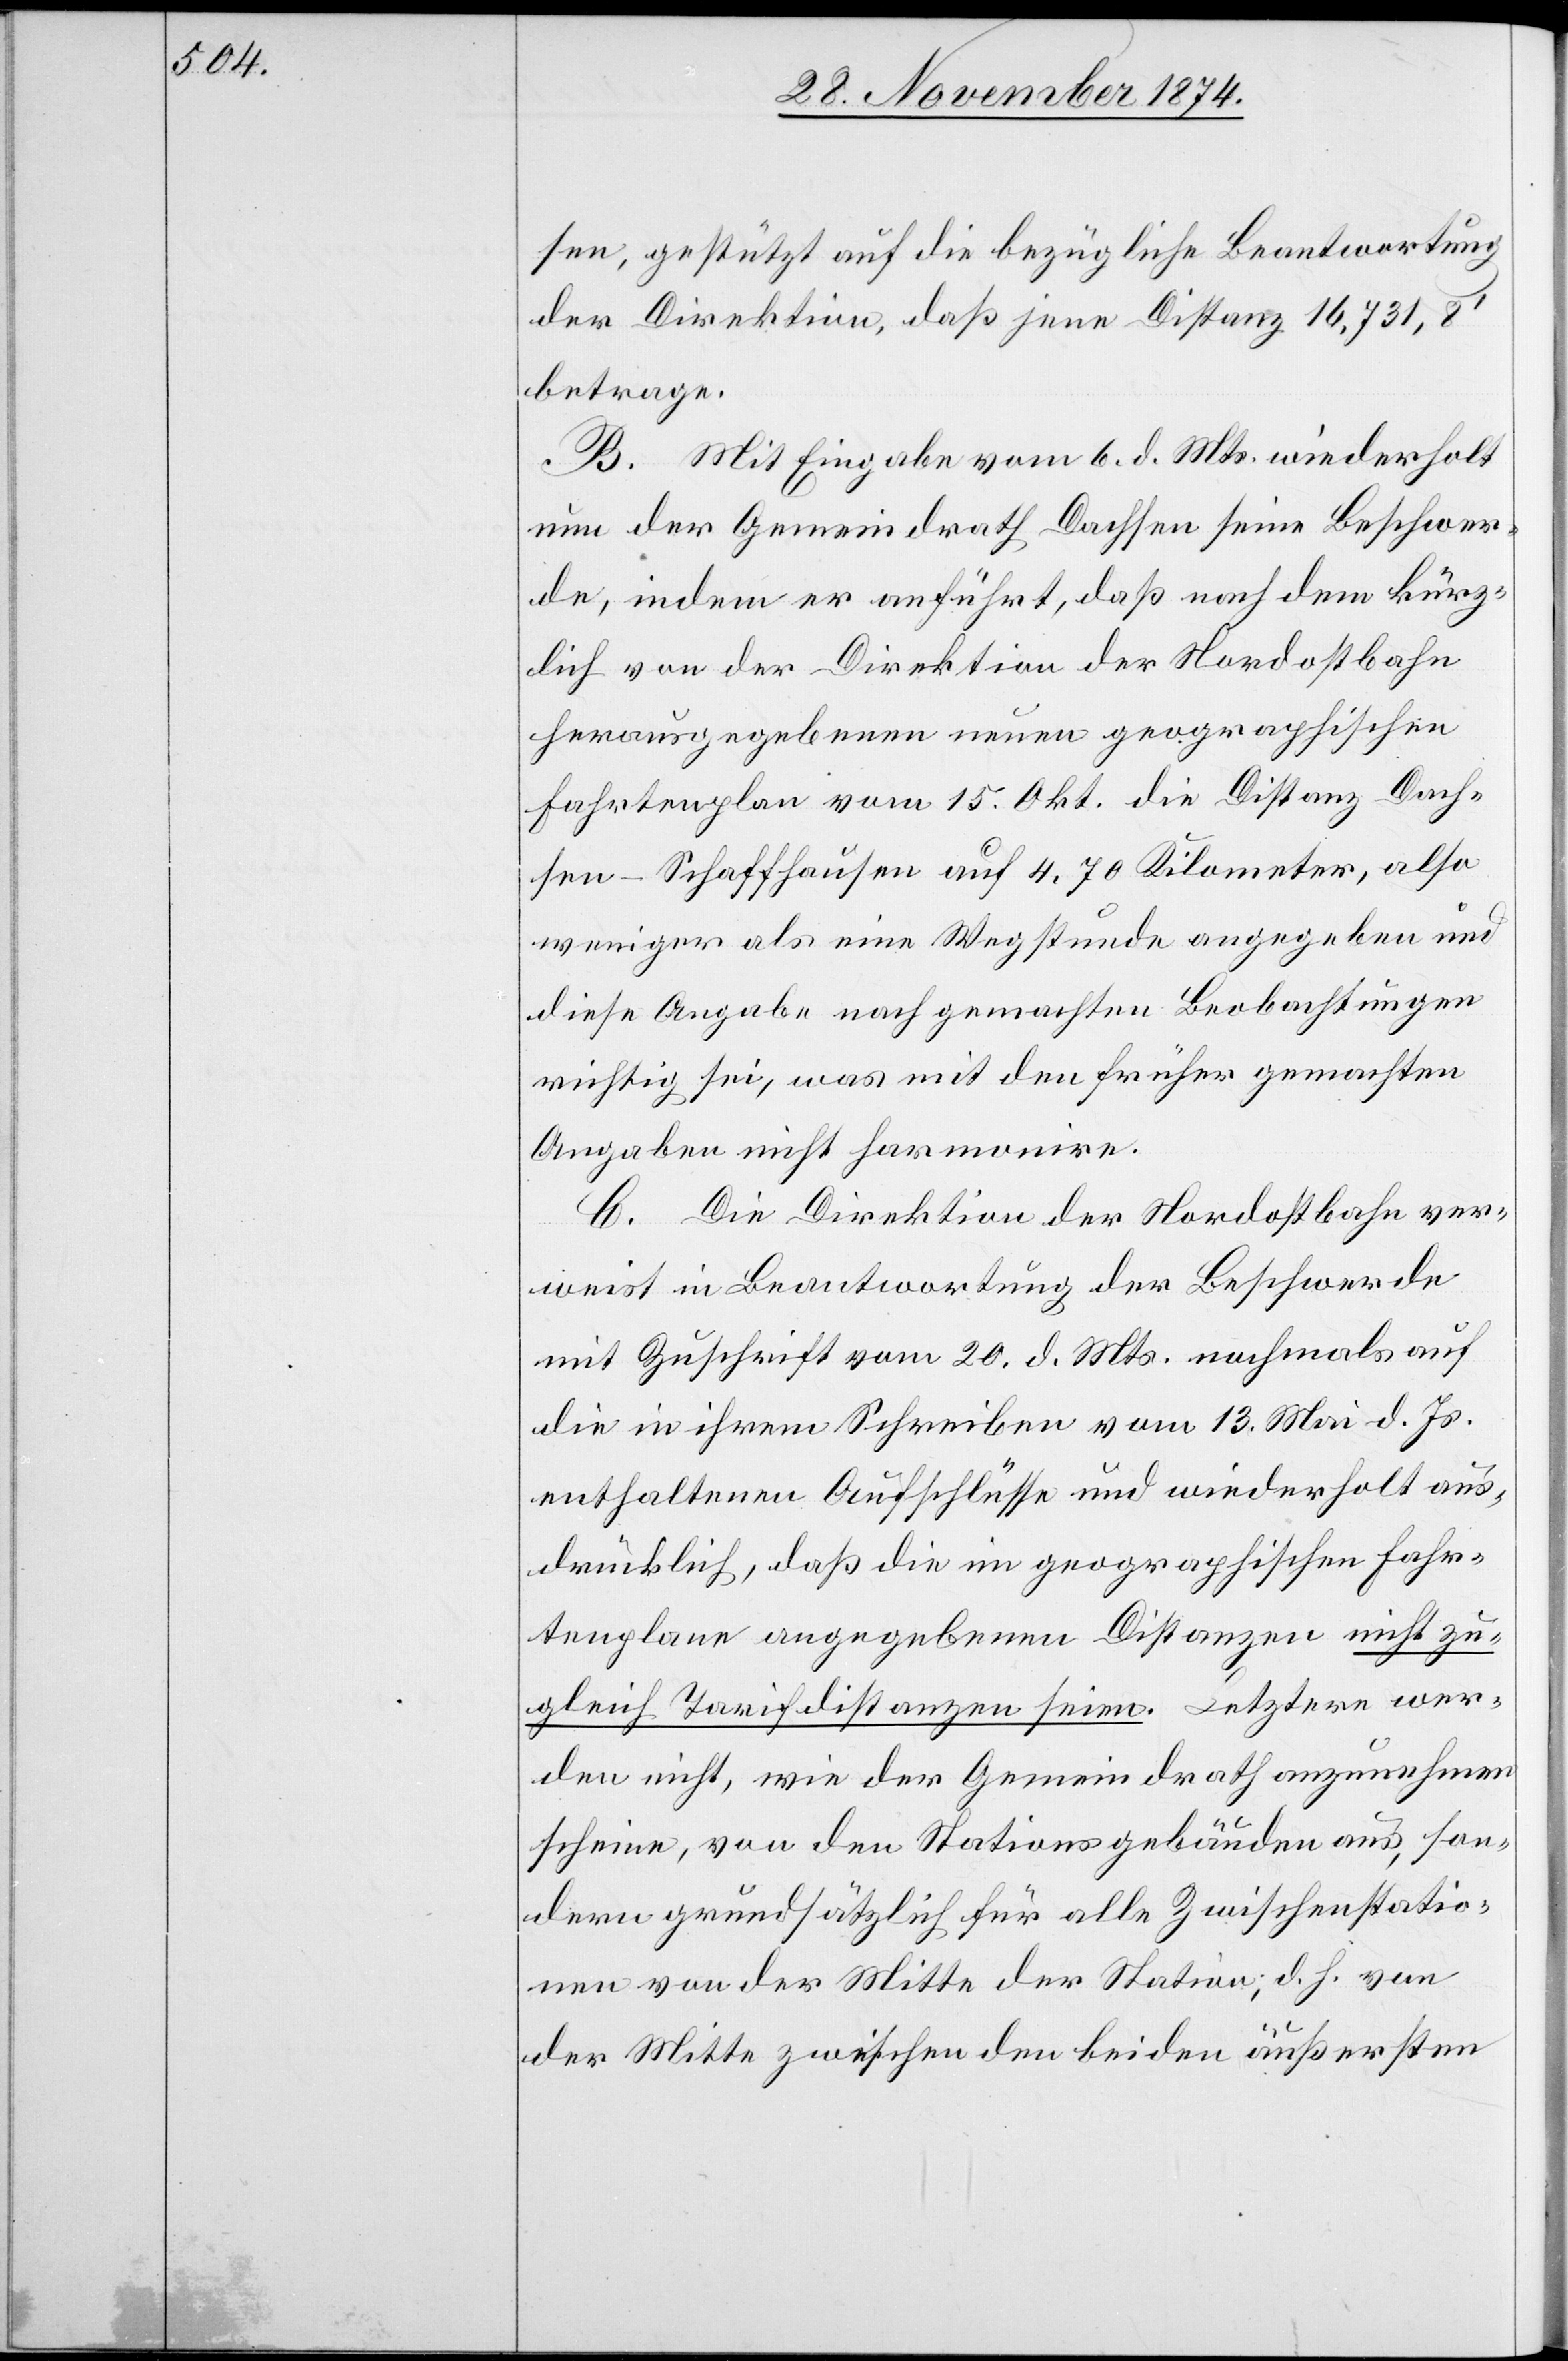
sen, gestützt auf die bezügliche Beantwortung
der Direktion, daß jene Distanz 16,731,8‘
betrage.
B. Mit Eingabe vom 6. d. Mts. wiederholt
nun der Gemeindrath Dachsen seine Beschwer¬
de, indem er anführt, daß nach dem kürz¬
lich von der Direktion der Nordostbahn
herausgegebenen neuen geographischen
Fahrtenplan vom 15. Okt. die Distanz Dach¬
sen–Schaffhausen auf 4,70 Kilometer, also
weniger als eine Wegstunde angegeben und
diese Angabe nach gemachten Beobachtungen
richtig sei, was mit den früher gemachten
Angaben nicht harmonire.
C. Die Direktion der Nordostbahn ver¬
weist in Beantwortung der Beschwerde
mit Zuschrift vom 20. d. Mts. nochmals auf
die in ihrem Schreiben vom 13. Mai d. Js.
enthaltenen Aufschlüsse und wiederholt aus¬
drücklich, daß die im geographischen Fahr¬
tenplane angegebenen Distanzen nicht zu¬
gleich Tarifdistanzen seien. Letztere wer¬
den nicht, wie der Gemeindrath anzunehmen
scheine, von den Stationsgebäuden aus, son¬
dern grundsätzlich für alle Zwischenstatio¬
nen von der Mitte der Station, d. h. von
der Mitte zwischen den beiden äußersten